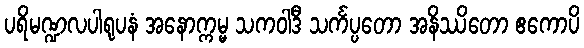
ပရိမဏ္ဍလပါရုပနံ အနောက္ကမ္မ သကဝါဒီ သင်္ကပ္ပတော အနိဿိတော ဧကောပိ